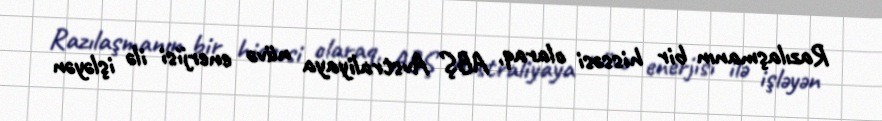
Razılaşmanın bir hissəsi olaraq, ABŞ Avstraliyaya nüvə enerjisi ilə işləyən